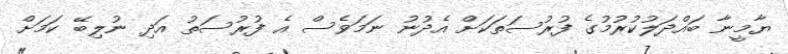
ޔާމީނާ ބައްދަލުކުރުމުގެ ފުރުސަތަކަށް އެދުނު ނަމަވެސް އެ ފުރުސަތު އަދި ނުލިބޭ ކަމަށް